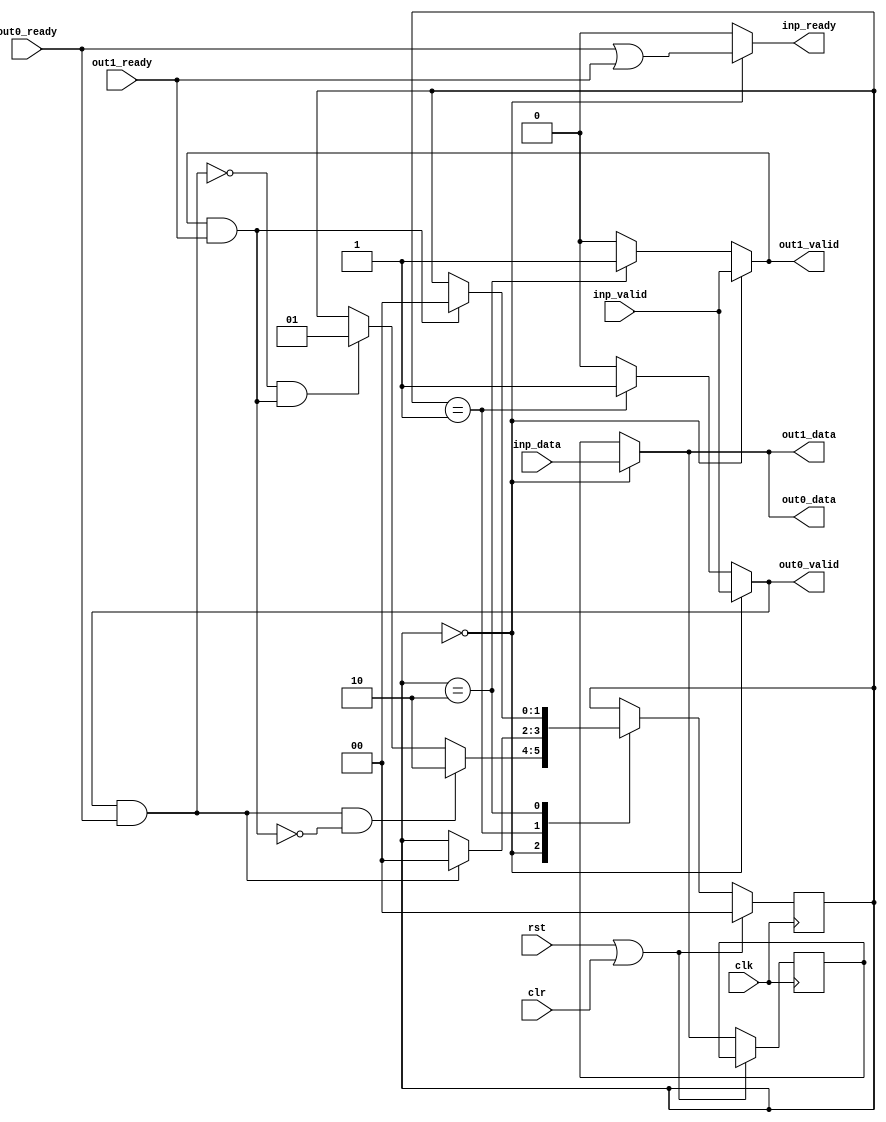
//
// Copyright 2011 Ettus Research LLC
//
// This program is free software: you can redistribute it and/or modify
// it under the terms of the GNU General Public License as published by
// the Free Software Foundation, either version 3 of the License, or
// (at your option) any later version.
//
// This program is distributed in the hope that it will be useful,
// but WITHOUT ANY WARRANTY; without even the implied warranty of
// MERCHANTABILITY or FITNESS FOR A PARTICULAR PURPOSE.  See the
// GNU General Public License for more details.
//
// You should have received a copy of the GNU General Public License
// along with this program.  If not, see <http://www.gnu.org/licenses/>.
//


// Split packets from a fifo based interface so it goes out identically on two interfaces

module splitter36
    (
        input clk, input rst, input clr,
        input [35:0] inp_data, input inp_valid, output inp_ready,
        output [35:0] out0_data, output out0_valid, input out0_ready,
        output [35:0] out1_data, output out1_valid, input out1_ready
    );

    localparam STATE_COPY_BOTH = 0;
    localparam STATE_COPY_ZERO = 1;
    localparam STATE_COPY_ONE = 2;

    reg [1:0] state;
    reg [35:0] data_reg;

    assign out0_data = (state == STATE_COPY_BOTH)? inp_data : data_reg;
    assign out1_data = (state == STATE_COPY_BOTH)? inp_data : data_reg;

    assign out0_valid =
        (state == STATE_COPY_BOTH)? inp_valid : (
        (state == STATE_COPY_ZERO)? 1'b1      : (
    1'b0));

    assign out1_valid =
        (state == STATE_COPY_BOTH)? inp_valid : (
        (state == STATE_COPY_ONE)?  1'b1      : (
    1'b0));

    assign inp_ready = (state == STATE_COPY_BOTH)? (out0_ready | out1_ready) : 1'b0;

    always @(posedge clk)
    if (rst | clr) begin
        state <= STATE_COPY_BOTH;
    end
    else begin
        case (state)

        STATE_COPY_BOTH: begin
            if ((out0_valid & out0_ready) & ~(out1_valid & out1_ready)) begin
                state <= STATE_COPY_ONE;
            end
            else if (~(out0_valid & out0_ready) & (out1_valid & out1_ready)) begin
                state <= STATE_COPY_ZERO;
            end
            data_reg <= inp_data;
        end

        STATE_COPY_ZERO: begin
            if (out0_valid & out0_ready) begin
                state <= STATE_COPY_BOTH;
            end
        end

        STATE_COPY_ONE: begin
            if (out1_valid & out1_ready) begin
                state <= STATE_COPY_BOTH;
            end
        end

        endcase //state
    end



endmodule //splitter36